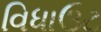
વિધાઉટ